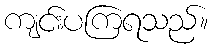
ကျင်းပကြရသည်။